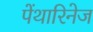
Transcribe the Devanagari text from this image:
पेंथारिनेज